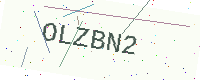
Text: OLZBN2